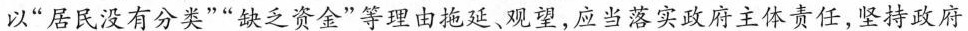
以”居民没有分类””缺乏资金”等理由拖延、观望，应当落实政府主体责任，坚持政府